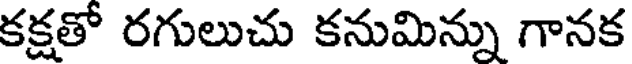
కక్షతో రగులుచు కనుమిన్ను గానక